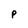
Character: P